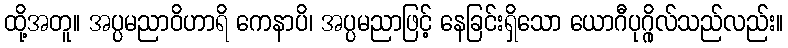
ထို့အတူ။ အပ္ပမညာဝိဟာရိ ကေနာပိ၊ အပ္ပမညာဖြင့် နေခြင်းရှိသော ယောဂီပုဂ္ဂိုလ်သည်လည်း။